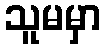
သူမမှာ